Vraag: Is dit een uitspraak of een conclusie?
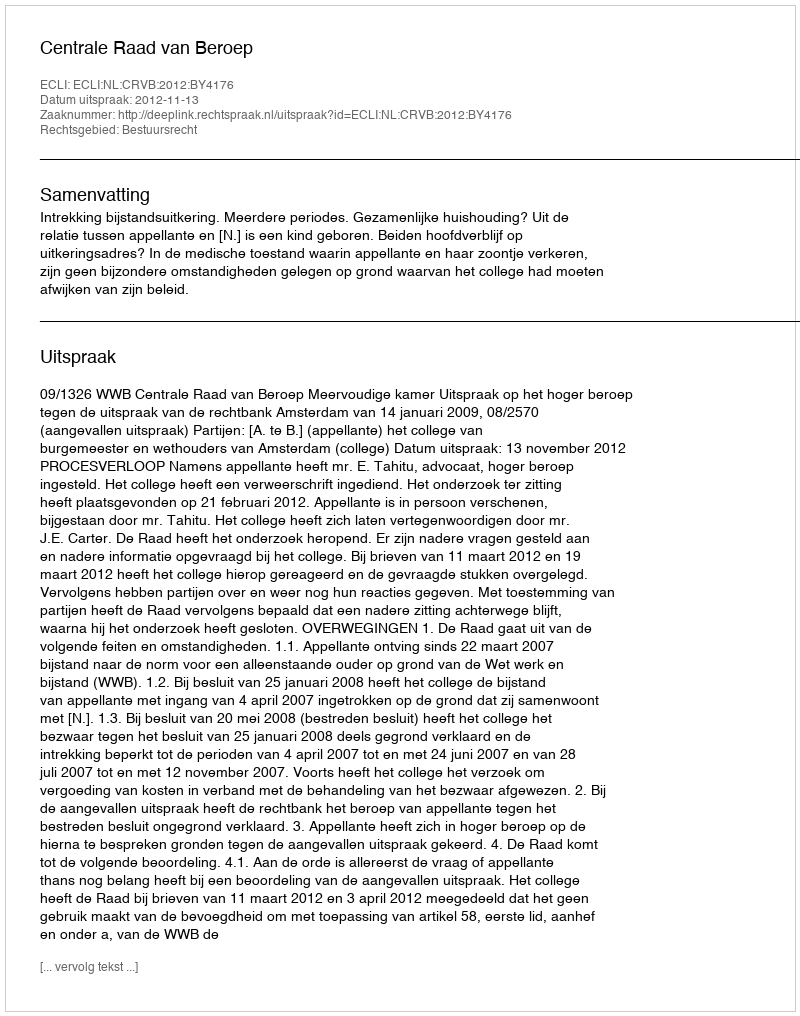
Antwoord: Uitspraak